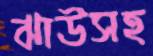
ঝাউসহ